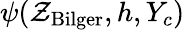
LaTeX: \psi(\mathcal{Z}_{\mathrm{{Bilger}}},h,Y_{c})